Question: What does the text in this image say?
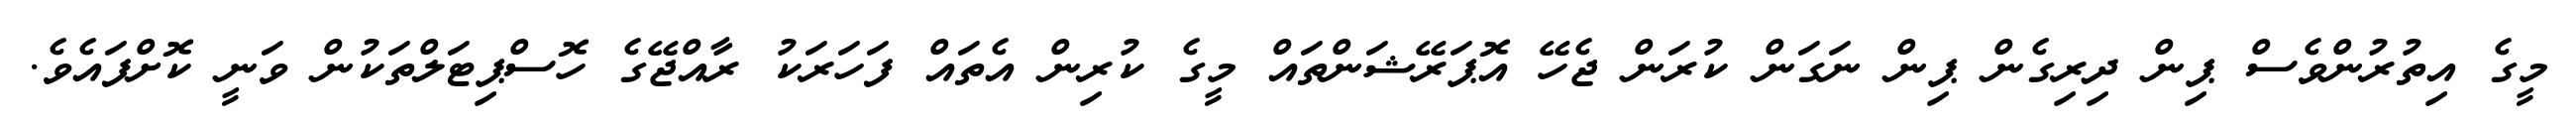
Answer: މީގެ އިތުރުންވެސް ޕިން ދިރިގެން ޕިން ނަގަން ކުރަން ޖެހޭ އޮޕަރޭޝަންތައް މީގެ ކުރިން އެތައް ފަހަރަކު ރާއްޖޭގެ ހޮސްޕިޓަލްތަކުން ވަނީ ކޮށްފައެވެ.